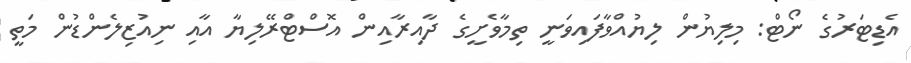
އެޑިޓަރުގެ ނޯޓް: މިލިޔުން ލިޔުއްވާފައިވަނީ ތިމާވެށީގެ ދާއިރާއިން އޮސްޓްރޭލިޔާ އާއި ނިއުޒިލެންޑުން މަތީ